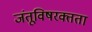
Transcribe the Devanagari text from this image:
जंतूविषरक्तता